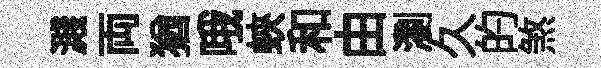
濺両猶哦蛺和由瀏久的煞